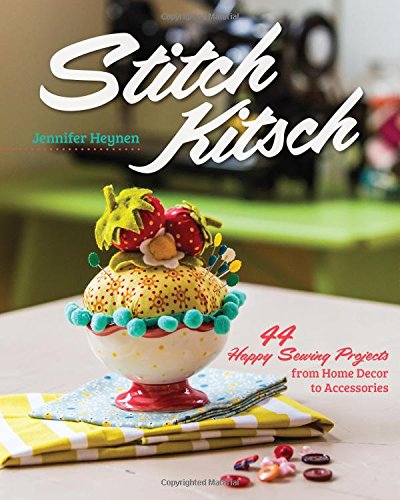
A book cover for Stitch Kitsch: 44 Happy Sewing Projects from Home DÃ©cor to Accessories; Jennifer Heynen; Crafts, Hobbies & Home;